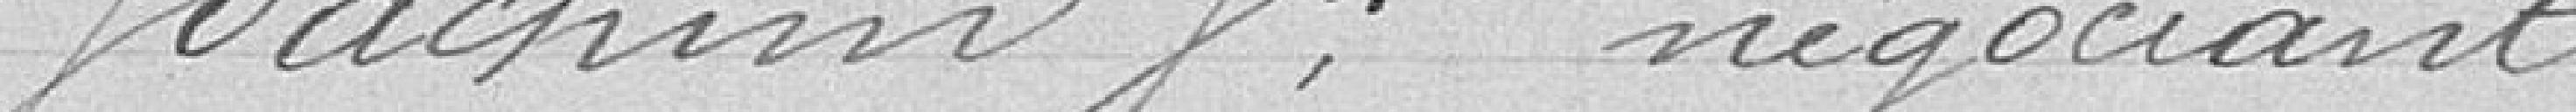
JOACHIM J, négociant